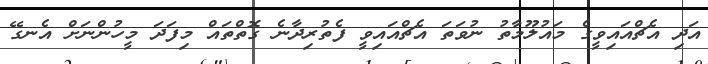
އަދި އެޗްއައިވީގެ މައުލޫމާތު ނުވަތަ އެޗްއައިވީ ފެތުރިދާނެ ގޮތްތައް މިފަދަ މީހުންނަށް އެނގޭ